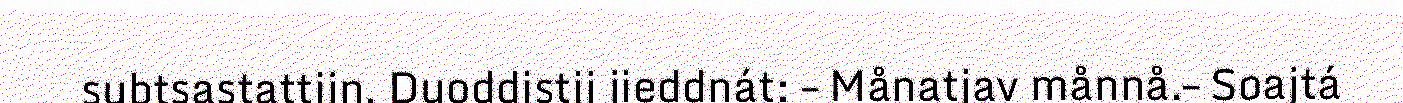
subtsastattijn. Duoddistij jieddnát: – Månatjav månnå.– Soajtá